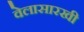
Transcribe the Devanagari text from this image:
वेलासारखी